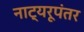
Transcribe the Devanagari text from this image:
नाट्यरूपंतर